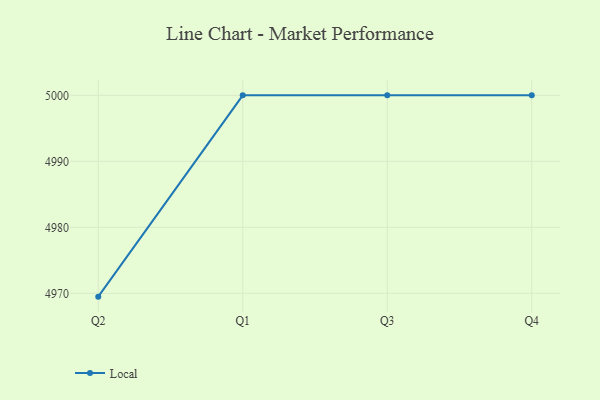
{"axis": {"x": "Quarter", "y": "Page Views"}, "legend": ["Local"], "data": [{"x": "Q2", "y": 4969.5, "type": "Local"}, {"x": "Q1", "y": 5000, "type": "Local"}, {"x": "Q3", "y": 5000, "type": "Local"}, {"x": "Q4", "y": 5000, "type": "Local"}]}